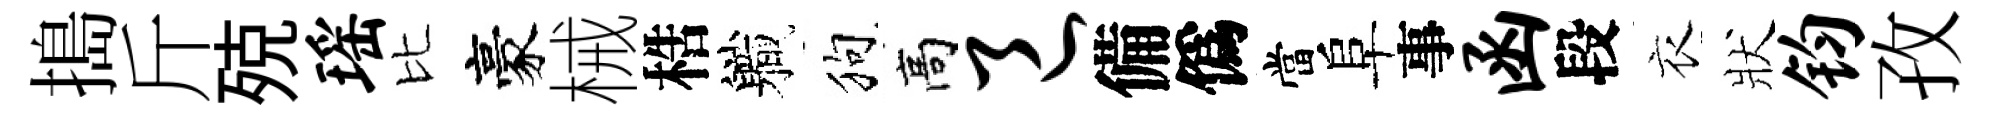
搗斤殑瑶比豪械梏軄狗高邑備僞當阜事函段衣狀钧孜